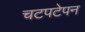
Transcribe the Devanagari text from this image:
चटपटेपन